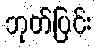
ဘုတ်ပြင်း